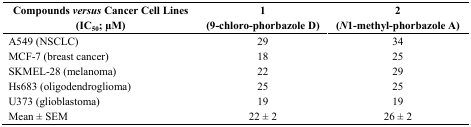
<table><thead><tr><td rowspan="2"><b>Compounds <i>versus</i> Cancer Cell Lines (IC<sub>50</sub>; μM)</b></td><td><b>1</b></td><td><b>2</b></td></tr><tr><td><b>(9-chloro-phorbazole D)</b></td><td><b>(<i>N</i>1-methyl-phorbazole A)</b></td></tr></thead><tbody><tr><td>A549 (NSCLC)</td><td>29</td><td>34</td></tr><tr><td>MCF-7 (breast cancer)</td><td>18</td><td>25</td></tr><tr><td>SKMEL-28 (melanoma)</td><td>22</td><td>29</td></tr><tr><td>Hs683 (oligodendroglioma)</td><td>25</td><td>25</td></tr><tr><td>U373 (glioblastoma)</td><td>19</td><td>19</td></tr><tr><td>Mean ± SEM</td><td>22 ± 2</td><td>26 ± 2</td></tr></tbody></table>